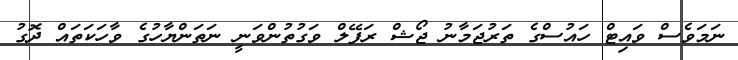
ނަމަވެސް ވައިޓް ހައުސްގެ ތަރުޖަމާނު ޖޯޝް ރަފޭލް ވަގުތުންވަނީ ނަތަންޔާހުގެ ވާހަކަތައް ދޮގު